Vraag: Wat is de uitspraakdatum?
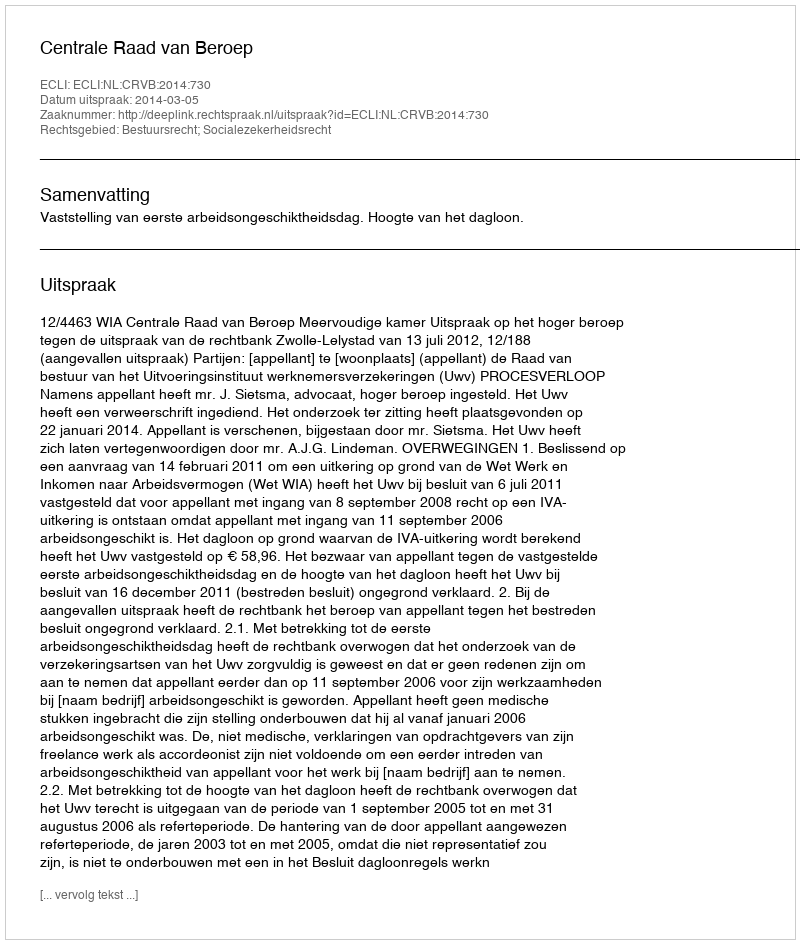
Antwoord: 2014-03-05